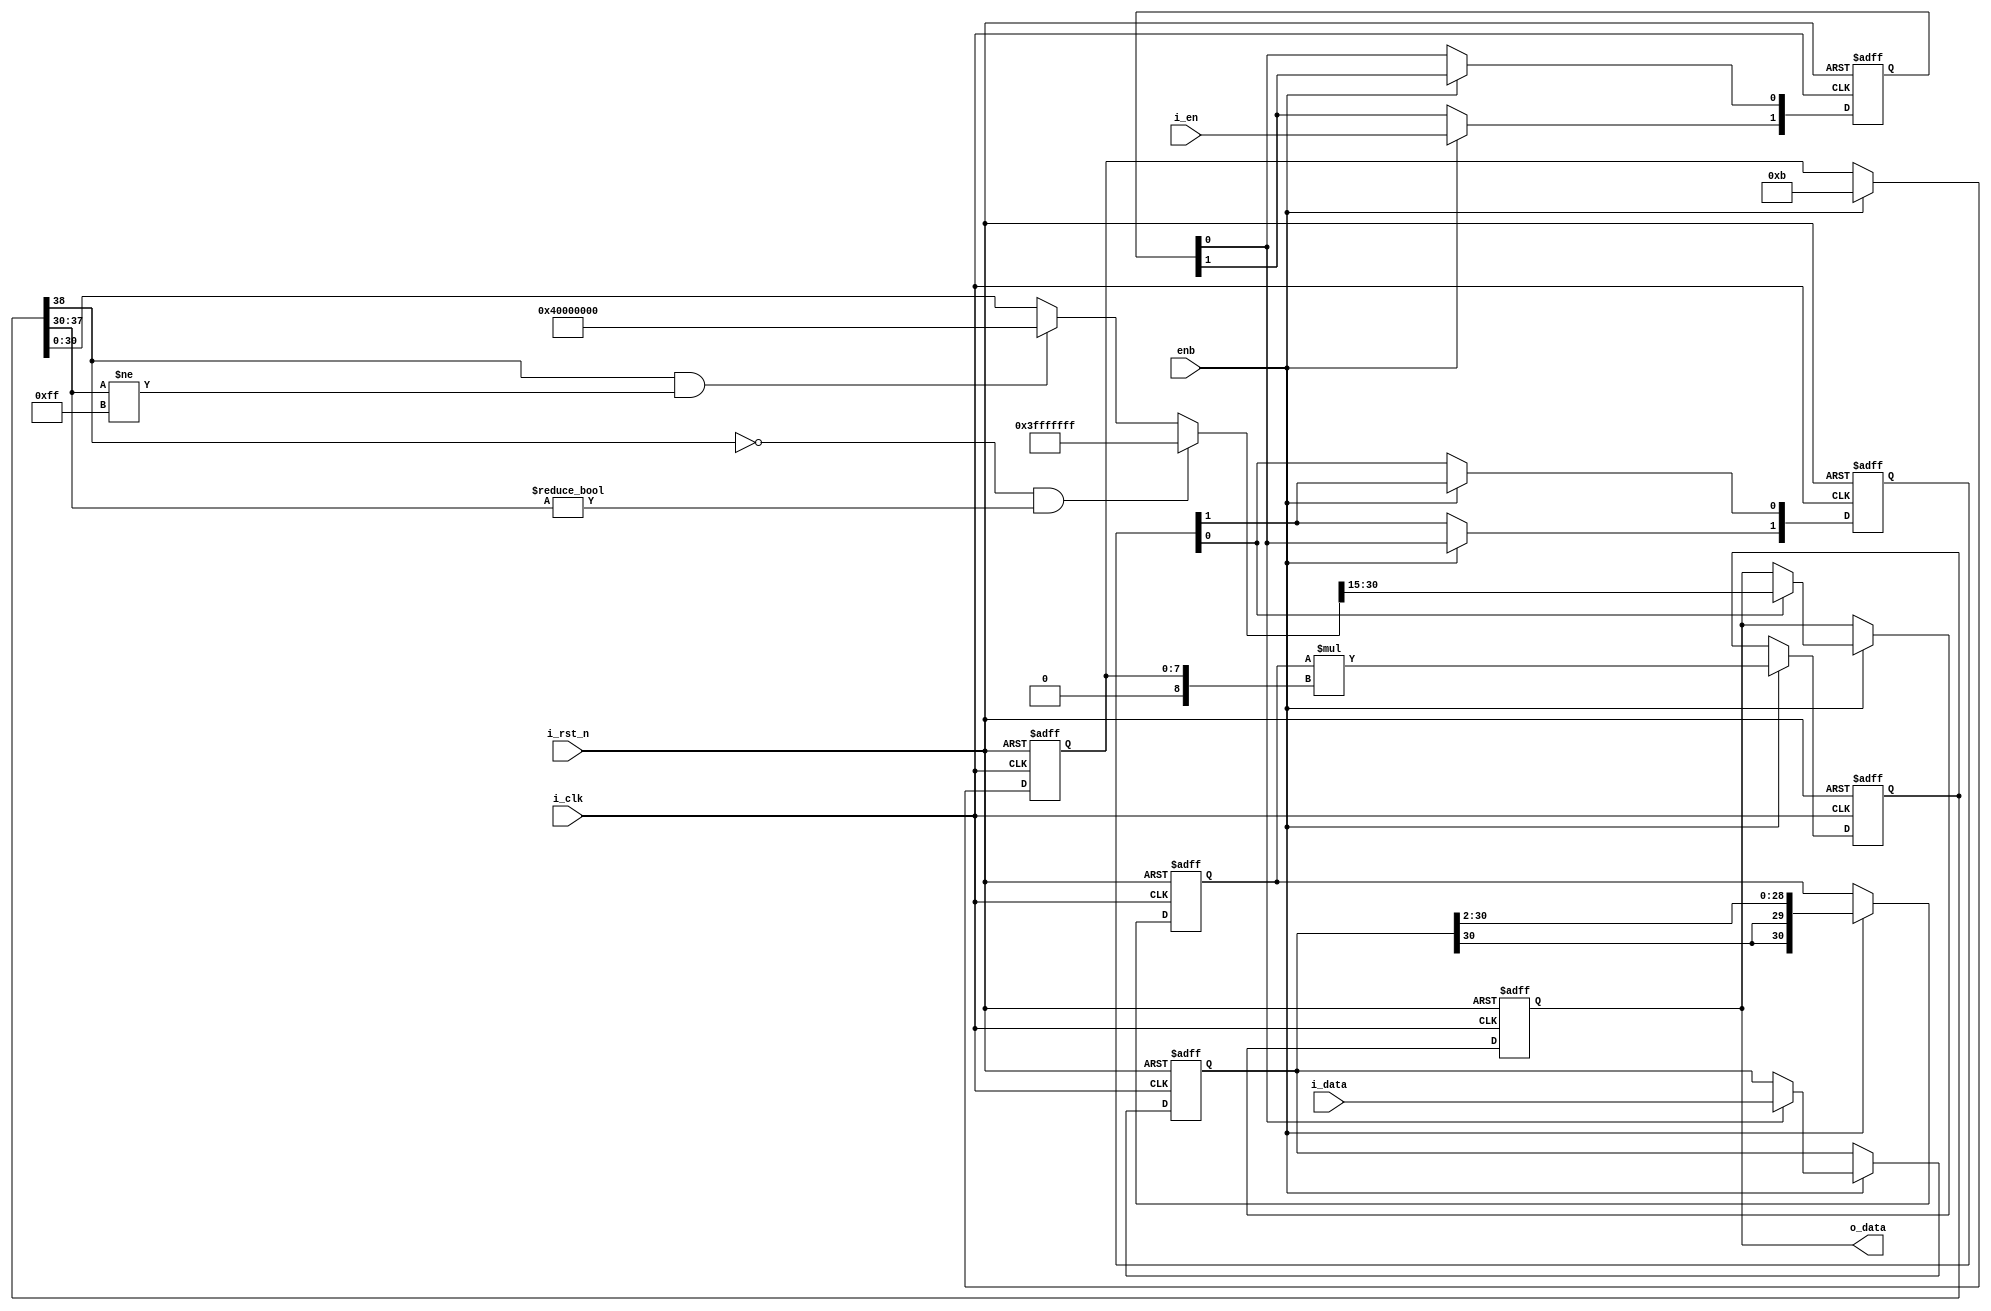
// -------------------------------------------------------------
// 
// 
// Generated by MATLAB 9.5 and HDL Coder 3.13
// 
// -------------------------------------------------------------


// -------------------------------------------------------------
// 
// Module: scaling_to_16bit
// Source Path: CIC_decimator_HDL_model/CIC_decimator_HDL_model/scaling_to_16bit
// Hierarchy Level: 1
// 
// -------------------------------------------------------------

`timescale 1 ns / 1 ns

module scaling_to_16bit
          (i_clk,
           i_rst_n,
           enb,
           i_data,
           i_en,
           o_data);


  input   i_clk;
  input   i_rst_n;
  input   enb;
  input   signed [30:0] i_data;  // sfix31
  input   i_en;
  output  signed [15:0] o_data;  // int16


  reg  [0:1] reduced_reg;  // ufix1 [2]
  wire [0:1] reduced_reg_next;  // ufix1 [2]
  wire i_en_1;
  reg  [0:1] reduced_reg_1;  // ufix1 [2]
  wire [0:1] reduced_reg_next_1;  // ufix1 [2]
  wire i_en_2;
  reg signed [30:0] Unit_Delay_Enabled_Synchronous_out1;  // sfix31
  wire signed [30:0] Unit_Delay_Enabled_Synchronous_ectrl;  // sfix31
  wire signed [30:0] Shift_Arithmetic_out1;  // sfix31
  reg signed [30:0] Shift_Arithmetic_out1_1;  // sfix31
  wire [7:0] Constant_out1;  // uint8
  reg [7:0] Constant_out1_1;  // uint8
  wire signed [39:0] Multiply_mul_temp;  // sfix40
  wire signed [8:0] Multiply_1;  // sfix9
  wire signed [38:0] Multiply_out1;  // sfix39
  reg signed [38:0] Multiply_out1_1;  // sfix39
  wire signed [30:0] Multiply_out1_2;  // sfix31
  wire [15:0] Bit_Slice_out1;  // uint16
  wire signed [15:0] Data_Type_Conversion1_out1;  // int16
  reg signed [15:0] Unit_Delay_Enabled_Synchronous1_out1;  // int16
  wire signed [15:0] Unit_Delay_Enabled_Synchronous1_ectrl;  // int16


  always @(posedge i_clk or negedge i_rst_n)
    begin : reduced_process
      if (i_rst_n == 1'b0) begin
        reduced_reg[0] <= 1'b0;
        reduced_reg[1] <= 1'b0;
      end
      else begin
        if (enb) begin
          reduced_reg[0] <= reduced_reg_next[0];
          reduced_reg[1] <= reduced_reg_next[1];
        end
      end
    end

  assign i_en_1 = reduced_reg[1];
  assign reduced_reg_next[0] = i_en;
  assign reduced_reg_next[1] = reduced_reg[0];



  always @(posedge i_clk or negedge i_rst_n)
    begin : reduced_1_process
      if (i_rst_n == 1'b0) begin
        reduced_reg_1[0] <= 1'b0;
        reduced_reg_1[1] <= 1'b0;
      end
      else begin
        if (enb) begin
          reduced_reg_1[0] <= reduced_reg_next_1[0];
          reduced_reg_1[1] <= reduced_reg_next_1[1];
        end
      end
    end

  assign i_en_2 = reduced_reg_1[1];
  assign reduced_reg_next_1[0] = i_en_1;
  assign reduced_reg_next_1[1] = reduced_reg_1[0];



  assign Unit_Delay_Enabled_Synchronous_ectrl = (i_en_1 == 1'b0 ? Unit_Delay_Enabled_Synchronous_out1 :
              i_data);



  always @(posedge i_clk or negedge i_rst_n)
    begin : Unit_Delay_Enabled_Synchronous_lowered_process
      if (i_rst_n == 1'b0) begin
        Unit_Delay_Enabled_Synchronous_out1 <= 31'sb0000000000000000000000000000000;
      end
      else begin
        if (enb) begin
          Unit_Delay_Enabled_Synchronous_out1 <= Unit_Delay_Enabled_Synchronous_ectrl;
        end
      end
    end



  assign Shift_Arithmetic_out1 = Unit_Delay_Enabled_Synchronous_out1 >>> 8'd2;



  always @(posedge i_clk or negedge i_rst_n)
    begin : HwModeRegister_process
      if (i_rst_n == 1'b0) begin
        Shift_Arithmetic_out1_1 <= 31'sb0000000000000000000000000000000;
      end
      else begin
        if (enb) begin
          Shift_Arithmetic_out1_1 <= Shift_Arithmetic_out1;
        end
      end
    end



  assign Constant_out1 = 8'b00001011;



  always @(posedge i_clk or negedge i_rst_n)
    begin : HwModeRegister1_process
      if (i_rst_n == 1'b0) begin
        Constant_out1_1 <= 8'b00000000;
      end
      else begin
        if (enb) begin
          Constant_out1_1 <= Constant_out1;
        end
      end
    end



  assign Multiply_1 = {1'b0, Constant_out1_1};
  assign Multiply_mul_temp = Shift_Arithmetic_out1_1 * Multiply_1;
  assign Multiply_out1 = Multiply_mul_temp[38:0];



  always @(posedge i_clk or negedge i_rst_n)
    begin : PipelineRegister_process
      if (i_rst_n == 1'b0) begin
        Multiply_out1_1 <= 39'sh0000000000;
      end
      else begin
        if (enb) begin
          Multiply_out1_1 <= Multiply_out1;
        end
      end
    end



  assign Multiply_out1_2 = ((Multiply_out1_1[38] == 1'b0) && (Multiply_out1_1[37:30] != 8'b00000000) ? 31'sb0111111111111111111111111111111 :
              ((Multiply_out1_1[38] == 1'b1) && (Multiply_out1_1[37:30] != 8'b11111111) ? 31'sb1000000000000000000000000000000 :
              $signed(Multiply_out1_1[30:0])));



  assign Bit_Slice_out1 = Multiply_out1_2[30:15];



  assign Data_Type_Conversion1_out1 = Bit_Slice_out1;



  assign Unit_Delay_Enabled_Synchronous1_ectrl = (i_en_2 == 1'b0 ? Unit_Delay_Enabled_Synchronous1_out1 :
              Data_Type_Conversion1_out1);



  always @(posedge i_clk or negedge i_rst_n)
    begin : Unit_Delay_Enabled_Synchronous1_lowered_process
      if (i_rst_n == 1'b0) begin
        Unit_Delay_Enabled_Synchronous1_out1 <= 16'sb0000000000000000;
      end
      else begin
        if (enb) begin
          Unit_Delay_Enabled_Synchronous1_out1 <= Unit_Delay_Enabled_Synchronous1_ectrl;
        end
      end
    end



  assign o_data = Unit_Delay_Enabled_Synchronous1_out1;

endmodule  // scaling_to_16bit